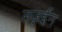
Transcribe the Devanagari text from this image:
तज़ईन